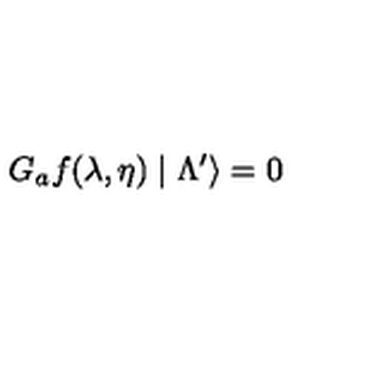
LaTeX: G _ { a } f ( \lambda , \eta ) \mid \Lambda ^ { \prime } \rangle = 0